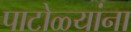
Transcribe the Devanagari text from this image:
पाटोळ्यांना